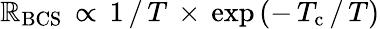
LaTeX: \mathbb{R}_{\mathrm{{BCS}}}\, \propto\, 1\, /\, T\, \times\, \mathrm{{exp}}\, (-\, T_{\mathrm{{c}}}\, /\, T)